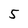
Character: 5